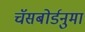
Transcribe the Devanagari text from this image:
चॅसबोर्डनुमा